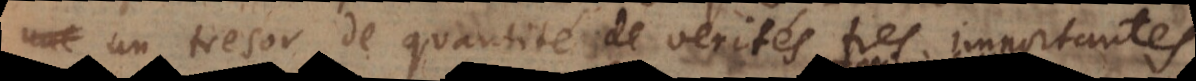
tresor de quantité de verités tres importantes